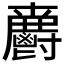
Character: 𲌦